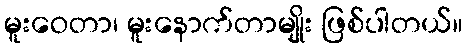
မူးဝေတာ၊ မူးနောက်တာမျိုး ဖြစ်ပါတယ်။